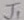
Text: J1